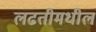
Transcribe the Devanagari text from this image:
लढतीमधील